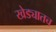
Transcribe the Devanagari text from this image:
खेड्यातच